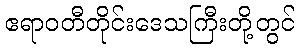
ဧရာဝတီတိုင်းဒေသကြီးတို့တွင်